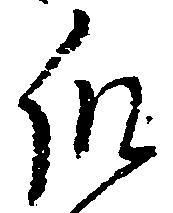
瓜